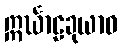
ဣင်္ဃာဠခုယာဝ